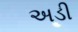
અડી